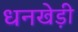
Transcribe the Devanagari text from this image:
धनखेड़ी